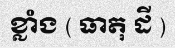
ខ្លាំង ( ធាតុ ដី )